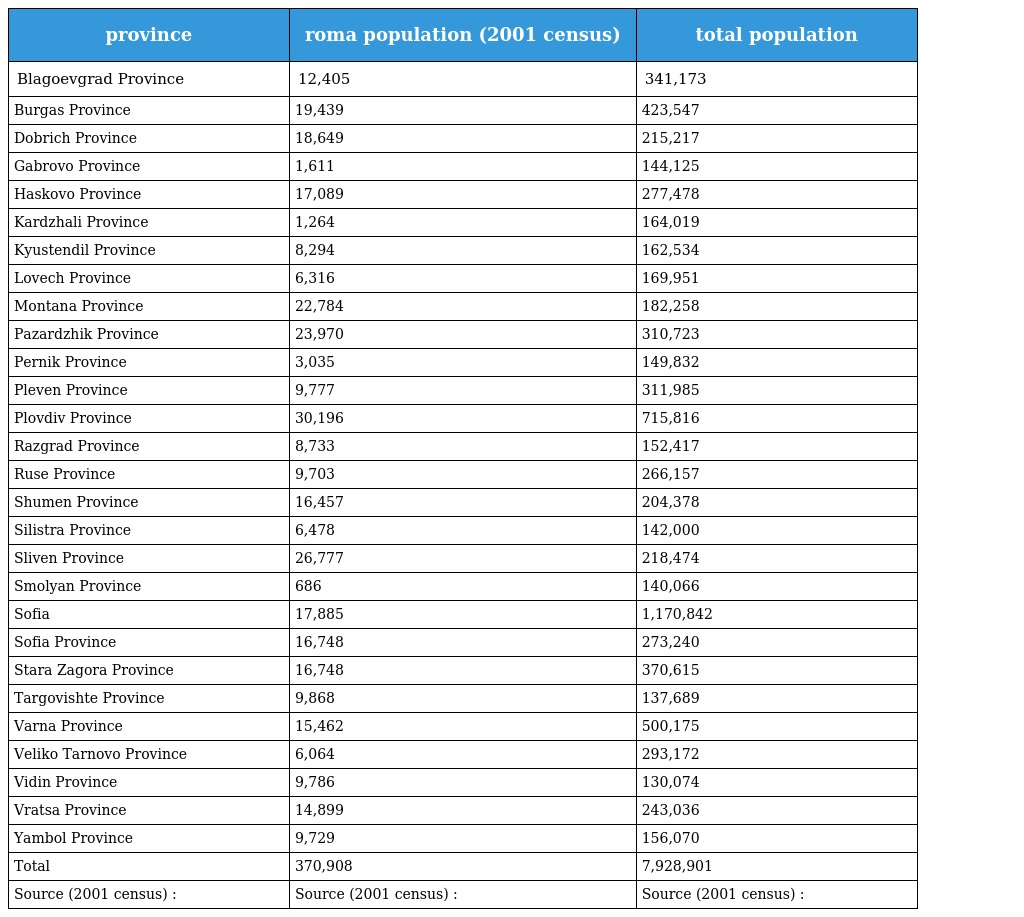
| province | roma population (2001 census) | total population |
 | --- | --- | --- |
 | Blagoevgrad Province | 12,405 | 341,173 |
 | Burgas Province | 19,439 | 423,547 |
 | Dobrich Province | 18,649 | 215,217 |
 | Gabrovo Province | 1,611 | 144,125 |
 | Haskovo Province | 17,089 | 277,478 |
 | Kardzhali Province | 1,264 | 164,019 |
 | Kyustendil Province | 8,294 | 162,534 |
 | Lovech Province | 6,316 | 169,951 |
 | Montana Province | 22,784 | 182,258 |
 | Pazardzhik Province | 23,970 | 310,723 |
 | Pernik Province | 3,035 | 149,832 |
 | Pleven Province | 9,777 | 311,985 |
 | Plovdiv Province | 30,196 | 715,816 |
 | Razgrad Province | 8,733 | 152,417 |
 | Ruse Province | 9,703 | 266,157 |
 | Shumen Province | 16,457 | 204,378 |
 | Silistra Province | 6,478 | 142,000 |
 | Sliven Province | 26,777 | 218,474 |
 | Smolyan Province | 686 | 140,066 |
 | Sofia | 17,885 | 1,170,842 |
 | Sofia Province | 16,748 | 273,240 |
 | Stara Zagora Province | 16,748 | 370,615 |
 | Targovishte Province | 9,868 | 137,689 |
 | Varna Province | 15,462 | 500,175 |
 | Veliko Tarnovo Province | 6,064 | 293,172 |
 | Vidin Province | 9,786 | 130,074 |
 | Vratsa Province | 14,899 | 243,036 |
 | Yambol Province | 9,729 | 156,070 |
 | Total | 370,908 | 7,928,901 |
 | Source (2001 census) : | Source (2001 census) : | Source (2001 census) : |